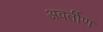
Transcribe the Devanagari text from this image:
अवर्तीण